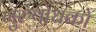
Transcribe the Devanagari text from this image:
गुरुर्बोधको